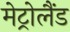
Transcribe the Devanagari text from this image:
मेट्रोलैंड